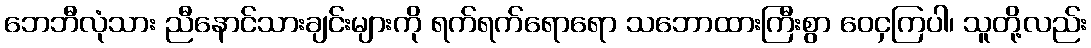
ဘေဘီလုံသား ညီနောင်သားချင်းများကို ရက်ရက်ရောရော သဘောထားကြီးစွာ ဝေငှကြပါ၊ သူတို့လည်း